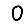
Digit: 0